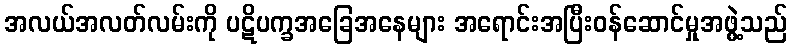
အလယ်အလတ်လမ်းကို ပဋိပက္ခအခြေအနေများ အရောင်းအပြီးဝန်ဆောင်မှုအဖွဲ့သည်